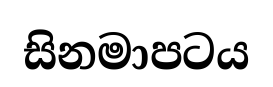
සිනමාපටය